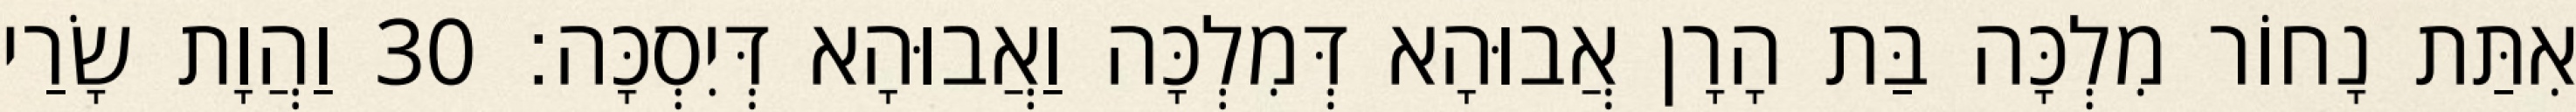
אִתַּת נָחוֹר מִלְכָּה בַּת הָרָן אֲבוּהָא דְּמִלְכָּה וַאֲבוּהָא דְּיִסְכָּה׃ 30 וַהֲוָת שָׂרַי